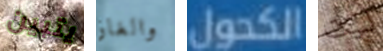
يتبين والغاز الكحول لبيت